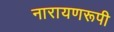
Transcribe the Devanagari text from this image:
नारायणरूपी